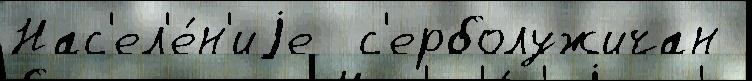
Нас'ел'е́н'иjе  с'ерболужичан